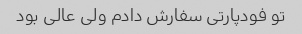
تو فودپارتی سفارش دادم ولی عالی بود